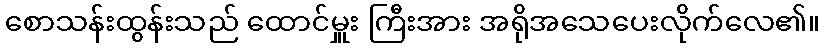
စောသန်းထွန်းသည် ထောင်မှူး ကြီးအား အရိုအသေပေးလိုက်လေ၏။